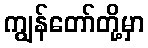
ကျွန်တော်တို့မှာ